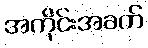
အကိုင်းအခက်